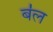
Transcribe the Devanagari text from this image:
ब॑ल